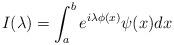
LaTeX: \begin{align*} I(\lambda) = \int_a^b e^{i \lambda \phi(x)} \psi(x) dx\end{align*}